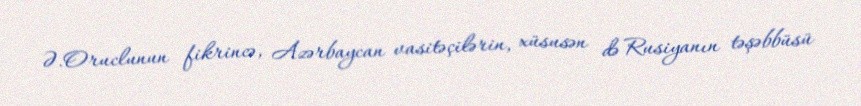
Ə.Oruclunun fikrincə, Azərbaycan vasitəçilərin, xüsusən də Rusiyanın təşəbbüsü